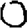
Digit: 0